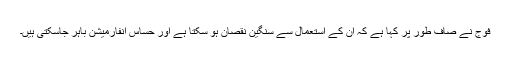
فوج نے صاف طور پر کہا ہے کہ ان کے استعمال سے سنگین نقصان ہو سکتا ہے اور حساس انفارمیشن باہر جاسکتی ہیں۔